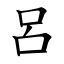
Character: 呂